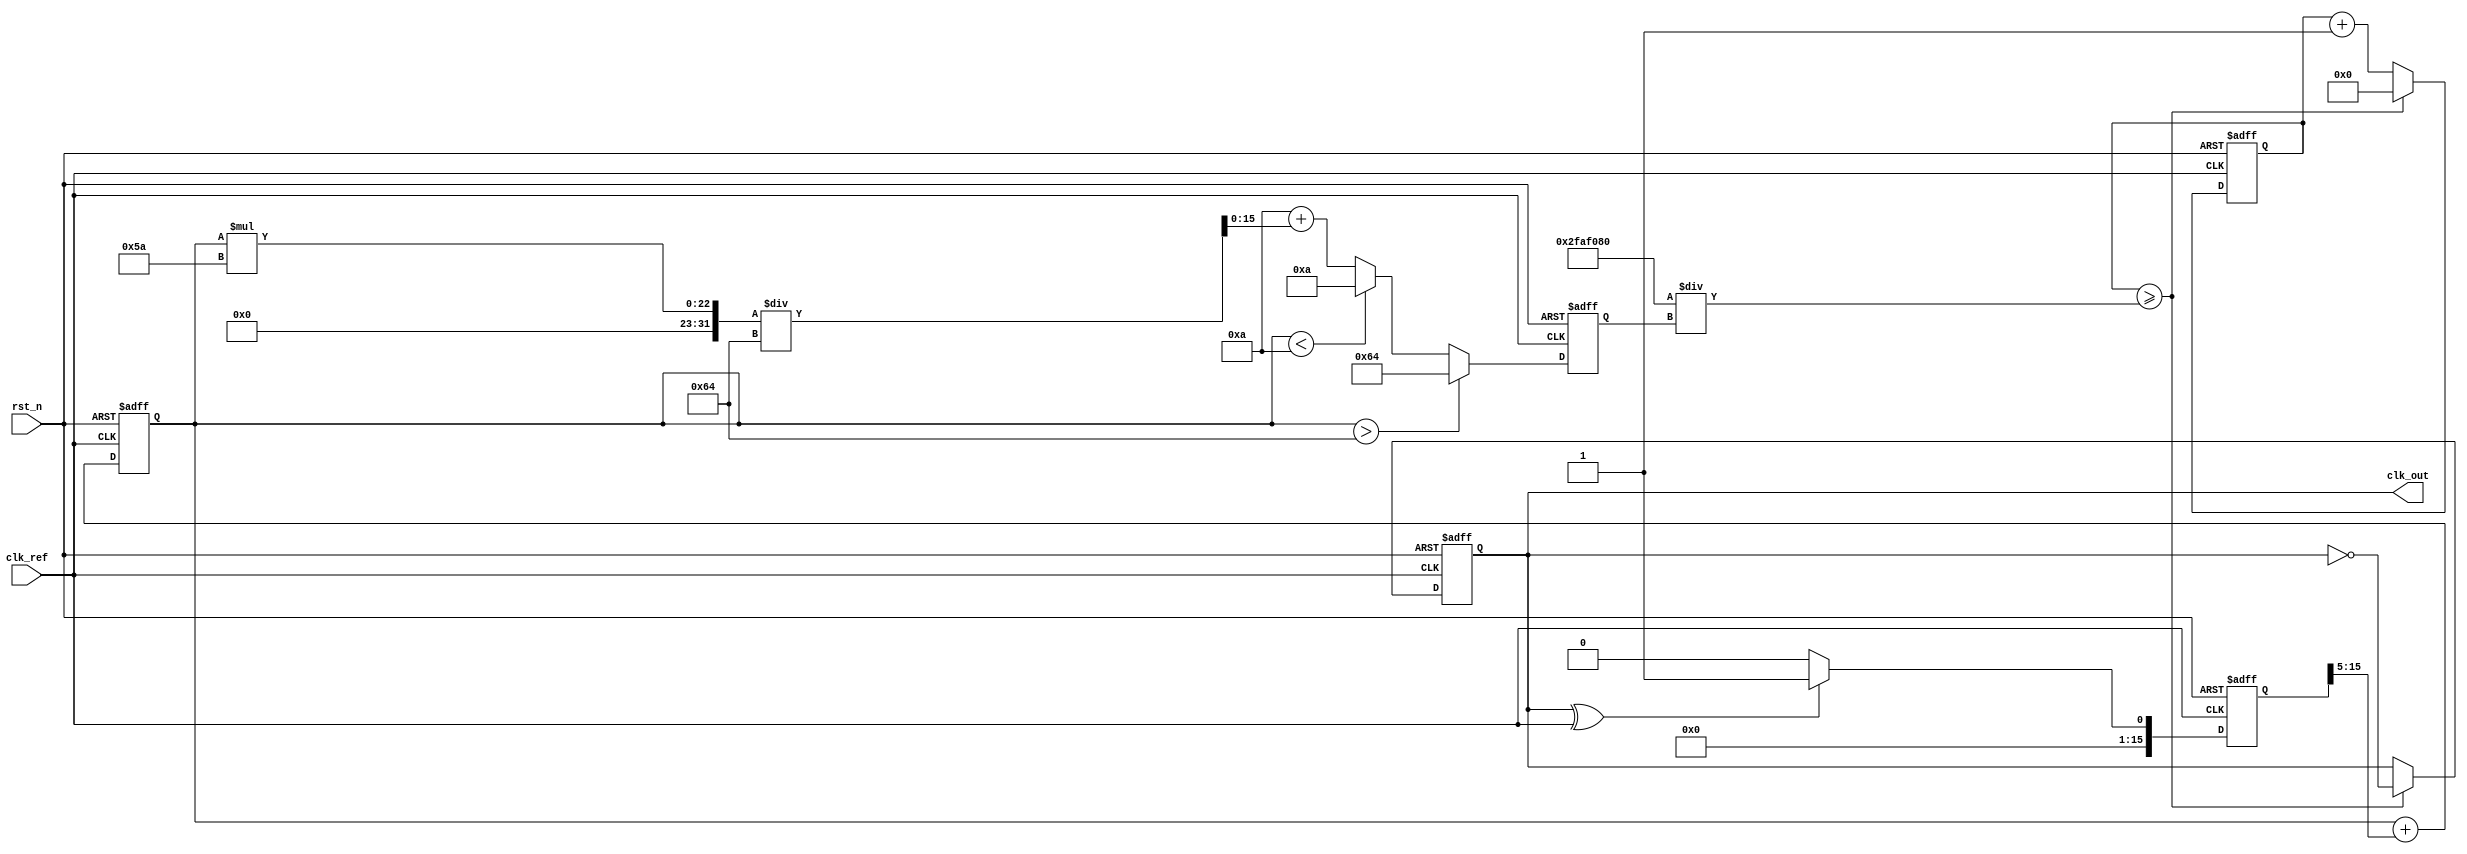
module type1_pll (
    input wire clk_ref,       // Reference clock input
    input wire rst_n,         // Active low reset
    output reg clk_out        // Output clock
);

    // Parameters for PLL
    parameter integer VCO_FREQ_MIN = 10;      // Minimum VCO frequency
    parameter integer VCO_FREQ_MAX = 100;     // Maximum VCO frequency
    parameter integer LOOP_BANDWIDTH = 5;      // Loop bandwidth
    parameter integer PHASE_MARGIN = 10;        // Phase margin

    // Internal signals
    reg [15:0] error_signal;                   // Error signal from phase detector
    reg [15:0] control_voltage;                // Control voltage for VCO
    reg [15:0] vco_frequency;                  // Current frequency of VCO
    reg [31:0] vco_counter;                    // VCO counter for clock generation

    // Phase Detector
    always @(posedge clk_ref or negedge rst_n) begin
        if (!rst_n) begin
            error_signal <= 16'd0;
        end else begin
            // Simple phase detector logic (XOR based)
            error_signal <= (clk_out ^ clk_ref) ? 16'd1 : 16'd0; // Simple error detection
        end
    end

    // Low-Pass Filter (simple integrator for example)
    always @(posedge clk_ref or negedge rst_n) begin
        if (!rst_n) begin
            control_voltage <= 16'd0;
        end else begin
            control_voltage <= control_voltage + (error_signal >> LOOP_BANDWIDTH); // Simple LPF
        end
    end

    // Voltage-Controlled Oscillator (VCO)
    always @(posedge clk_ref or negedge rst_n) begin
        if (!rst_n) begin
            vco_frequency <= VCO_FREQ_MIN; // Initialize VCO frequency
            clk_out <= 1'b0; // Initialize output clock
            vco_counter <= 32'd0; // Initialize VCO counter
        end else begin
            // Adjust VCO frequency based on control voltage
            if (control_voltage > 16'd100) begin
                vco_frequency <= VCO_FREQ_MAX; // Max frequency
            end else if (control_voltage < 16'd10) begin
                vco_frequency <= VCO_FREQ_MIN; // Min frequency
            end else begin
                vco_frequency <= VCO_FREQ_MIN + (control_voltage * (VCO_FREQ_MAX - VCO_FREQ_MIN) / 16'd100);
            end

            // Generate output clock based on VCO frequency
            vco_counter <= vco_counter + 1;
            if (vco_counter >= (50000000 / vco_frequency)) begin // Assuming clk_ref is 50MHz
                clk_out <= ~clk_out; // Toggle output clock
                vco_counter <= 32'd0; // Reset counter
            end
        end
    end

endmodule